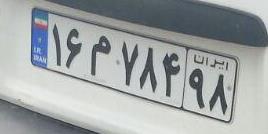
۱۶م۷۸۴۹۸